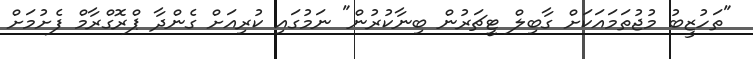
"ތަހުޒީބު މުޖުތަމައަކަށް ގާބިލް ޓީޗަރުން ބިނާކުރުން" ނަމުގައި ކުރިއަށް ގެންދާ ޕްރޮގްރާމް ފެށުމަށް